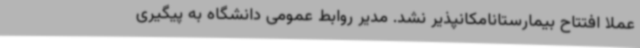
عملا افتتاح بیمارستانامکانپذیر نشد. مدیر روابط عمومی دانشگاه به پیگیری